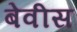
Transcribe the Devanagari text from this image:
बेवीस